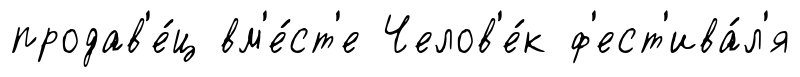
продав'е́ц вм'е́ст'е Челов'е́к ф'ест'ива́л'я